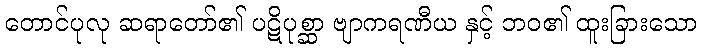
တောင်ပုလု ဆရာတော်၏ ပဋိပုစ္ဆာ ဗျာကရဏီယ နှင့် ဘဝ၏ ထူးခြားသော